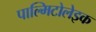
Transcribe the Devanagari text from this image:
पाल्मिटोलेइक